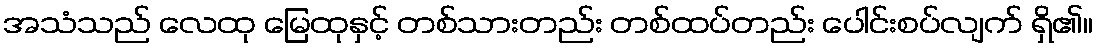
အသံသည် လေထု မြေထုနှင့် တစ်သားတည်း တစ်ထပ်တည်း ပေါင်းစပ်လျက် ရှိ၏။